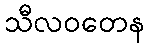
သီလဝတေန